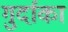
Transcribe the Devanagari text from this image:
गुर्दाका